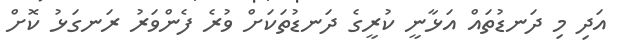
އަދި މި ދަނޑުތައް އަޅާނީ ކުރީގެ ދަނޑުތަކަށް ވުރެ ފެންވަރު ރަނގަޅު ކޮށް